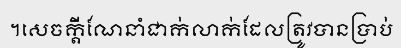
។សេចក្តីណែនាំជាក់លាក់ដែលត្រូវបានប្រាប់